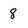
Character: 8